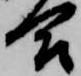
合